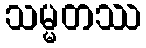
သမ္မတဿ